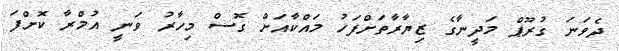
ދެވަނަ ގުރޫޕް މަދީނާގެ ޒިޔާރާތަށްފަހު މައްކާއަށް ގޮސް މިހާރު ވަނީ އުމްރާ ކޮށްފަ